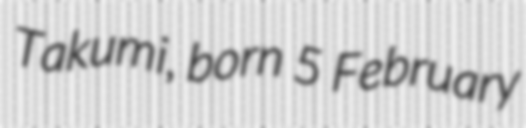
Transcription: Takumi, born 5 February